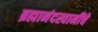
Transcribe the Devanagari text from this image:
ब्रह्मानंदस्वामींचे